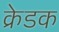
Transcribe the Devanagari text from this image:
क्रेडक